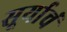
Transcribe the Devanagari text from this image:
सूर्याचं